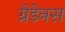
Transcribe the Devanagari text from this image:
ग्रेडेनस